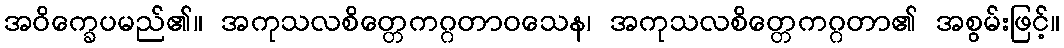
အဝိက္ခေပမည်၏။ အကုသလစိတ္တေကဂ္ဂတာဝသေန၊ အကုသလစိတ္တေကဂ္ဂတာ၏ အစွမ်းဖြင့်။